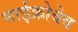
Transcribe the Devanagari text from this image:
माईक्रोवेव